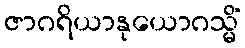
ဇာဂရိယာနုယောဂသ္မိံ